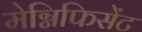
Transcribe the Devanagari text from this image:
मेग्निफिसेंट